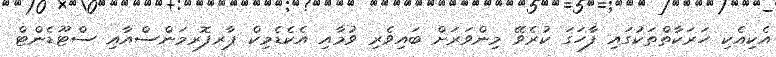
އެކިއެކި ހަރަކާތްތަކުގައި ފާހަގަ ކުރެވޭ މިންވަރަށް ބައިވެރި ވުމާއި އެކެޑެމިކް ޕާރފޮރމަންސްއާއި ސްޓޫޑެންޓް